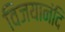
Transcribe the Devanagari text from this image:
विजयानंदि